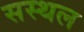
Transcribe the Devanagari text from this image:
सस्थल